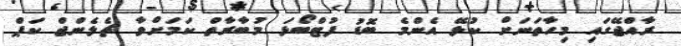
ރާއްޖޭގައި މިހާތަނަށް ކުޅޭ އެންމެ ބޮޑު ފުޓްބޯޅަ މުބާރާތް ކަމަށްވާ ޗެލެންޖް ކަޕް